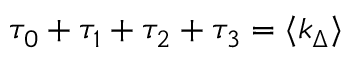
\tau _ { 0 } + \tau _ { 1 } + \tau _ { 2 } + \tau _ { 3 } = \langle k _ { \Delta } \rangle